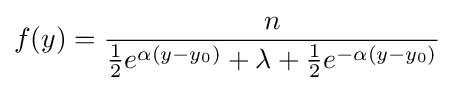
f(y)={\frac {n}{{\tfrac {1}{2}}e^{\alpha (y-y_{0})}+\lambda +{\tfrac {1}{2}}e^{-\alpha (y-y_{0})}}}